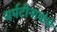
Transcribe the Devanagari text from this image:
चर्पटीनाथांचे